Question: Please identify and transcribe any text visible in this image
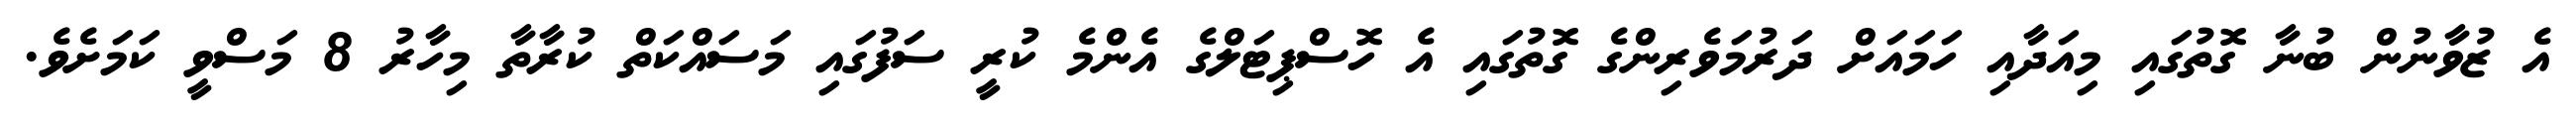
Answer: އެ ޒުވާނުން ބުނާ ގޮތުގައި މިއަދާއި ހަމައަށް ދަރުމަވެރިންގެ ގޮތުގައި އެ ހޮސްޕިޓަލްގެ އެންމެ ކުރީ ސަފުގައި މަސައްކަތް ކުރާތާ މިހާރު 8 މަސްވީ ކަމަށެވެ.